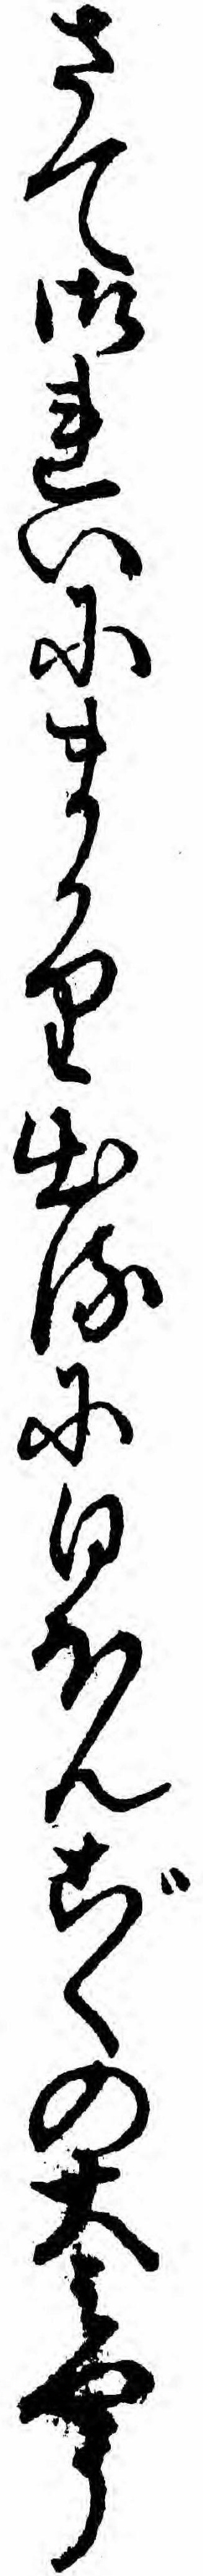
さて御れいにまかり出るに日ほんごくの大ミやう